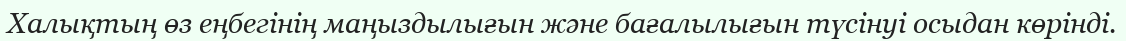
Халықтың өз еңбегінің маңыздылығын және бағалылығын түсінуі осыдан көрінді.